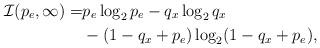
LaTeX: \begin{align*}\mathcal{I}(p_e, \infty) =& p_e \log_2 p_e - q_x \log_2 q_x \\ &- (1- q_x + p_e) \log_2 (1- q_x + p_e),\end{align*}